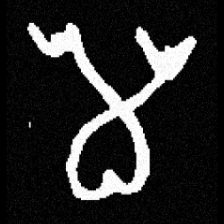
Pyu character \u2014 Myanmar letter: မ (romanized: ma)